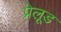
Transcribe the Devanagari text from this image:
प्रेलूड